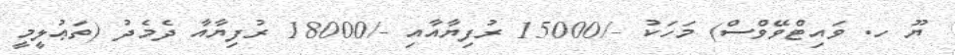
ޔޫ ހ. ވައިޓްވޭވްސް) މަހަކު -/15000 ރުފިޔާއާއި -/18000 ރުފިޔާއާ ދެމެދު (ތަޢުލީމީ